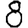
Digit: 8